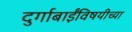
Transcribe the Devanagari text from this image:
दुर्गाबाईंविषयीच्या